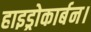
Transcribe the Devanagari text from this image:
हाइड्रोकार्बन।